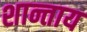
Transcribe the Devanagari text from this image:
शान्ताय